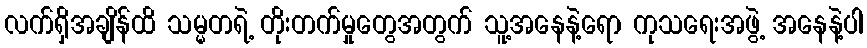
လက်ရှိအချိန်ထိ သမ္မတရဲ့ တိုးတက်မှုတွေအတွက် သူ့အနေနဲ့ရော ကုသရေးအဖွဲ့ အနေနဲ့ပါ